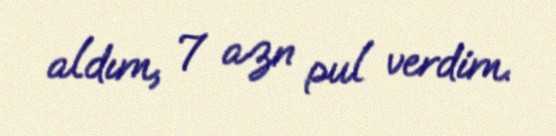
aldım, 7 azn pul verdim.